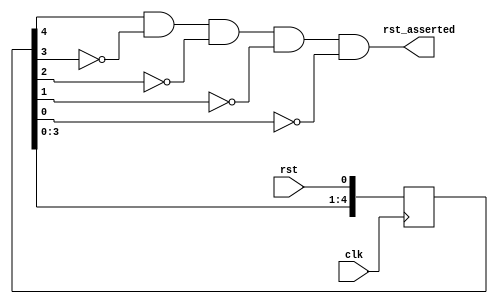
module reset_circuit(
	
	input clk,
	input rst,
	output rst_asserted
	
	);

	reg [4:0] rst_q;

	always@(posedge clk) begin
		rst_q[0] 		<= rst;
		rst_q[1] 		<= rst_q[0];
		rst_q[2] 		<= rst_q[1];
		rst_q[3] 		<= rst_q[2];
		rst_q[4] 		<= rst_q[3];
	end

	assign rst_asserted = (rst_q[4] && (!rst_q[3]) && (!rst_q[2]) && (!rst_q[1]) && (!rst_q[0]));

endmodule